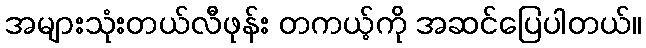
အများသုံးတယ်လီဖုန်း တကယ့်ကို အဆင်ပြေပါတယ်။